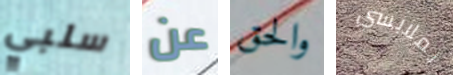
سلبي عن والحق بملابسي